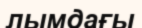
лымдағы